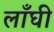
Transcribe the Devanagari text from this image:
लाँघी